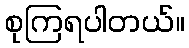
စုကြရပါတယ်။